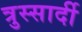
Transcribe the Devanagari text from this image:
त्रुस्सार्दी